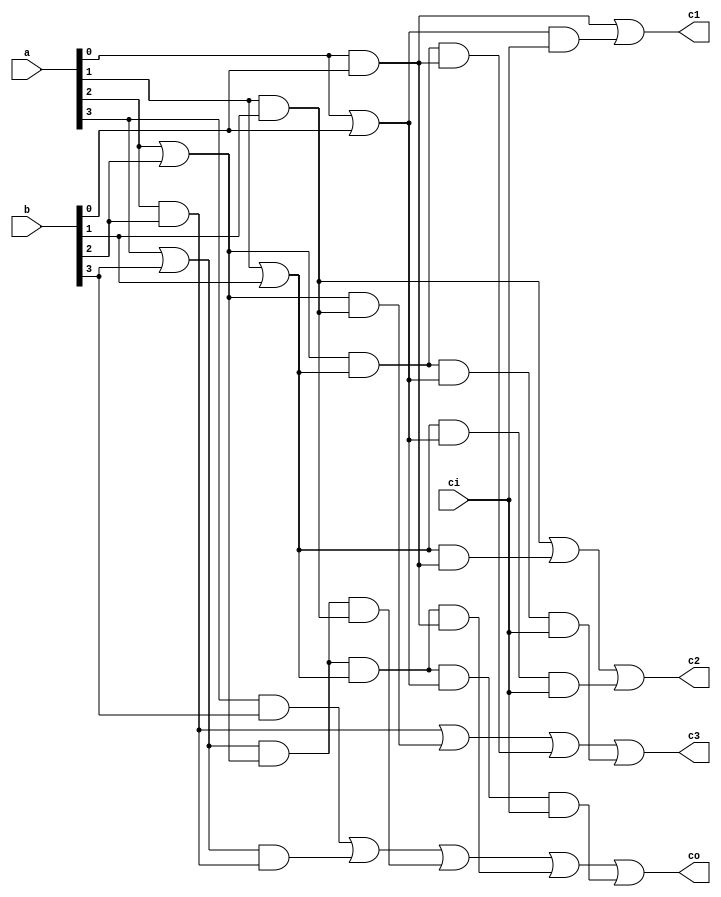
module clb4(a,b,ci,c1,c2,c3,co); //4 bit carry lookahead block
	input[3:0] a, b;
	input ci;
	output c1, c2, c3, co;
	wire[3:0] g,p;
	wire w0_c1;
	wire w0_c2, w1_c2;
	wire w0_c3, w1_c3, w2_c3;
	wire w0_co, w1_co, w2_co, w3_co;
	
	assign g[0] = a[0] & b[0];
	assign g[1] = a[1] & b[1];
	assign g[2] = a[2] & b[2];
	assign g[3] = a[3] & b[3]; //equation of each g
	
	assign p[0] = a[0] | b[0];
	assign p[1] = a[1] | b[1];
	assign p[2] = a[2] | b[2];
	assign p[3] = a[3] | b[3]; //equation of each p
	
	assign c1 = g[0] | (p[0] & ci);
	assign c2 = g[1] | (p[1] & g[0]) | (p[1] & p[0] & ci);
	assign c3 = g[2] | (p[2] & g[1]) | (p[2] & p[1] & g[0]) | (p[2] & p[1] & p[0] & ci);
	assign co = g[3] | (p[3] & g[2]) | (p[3] & p[2] & g[1]) | (p[3] & p[2] & p[1] & g[0]) | (p[3] & p[2] & p[1] & p[0] & ci); //equation of each c
endmodule